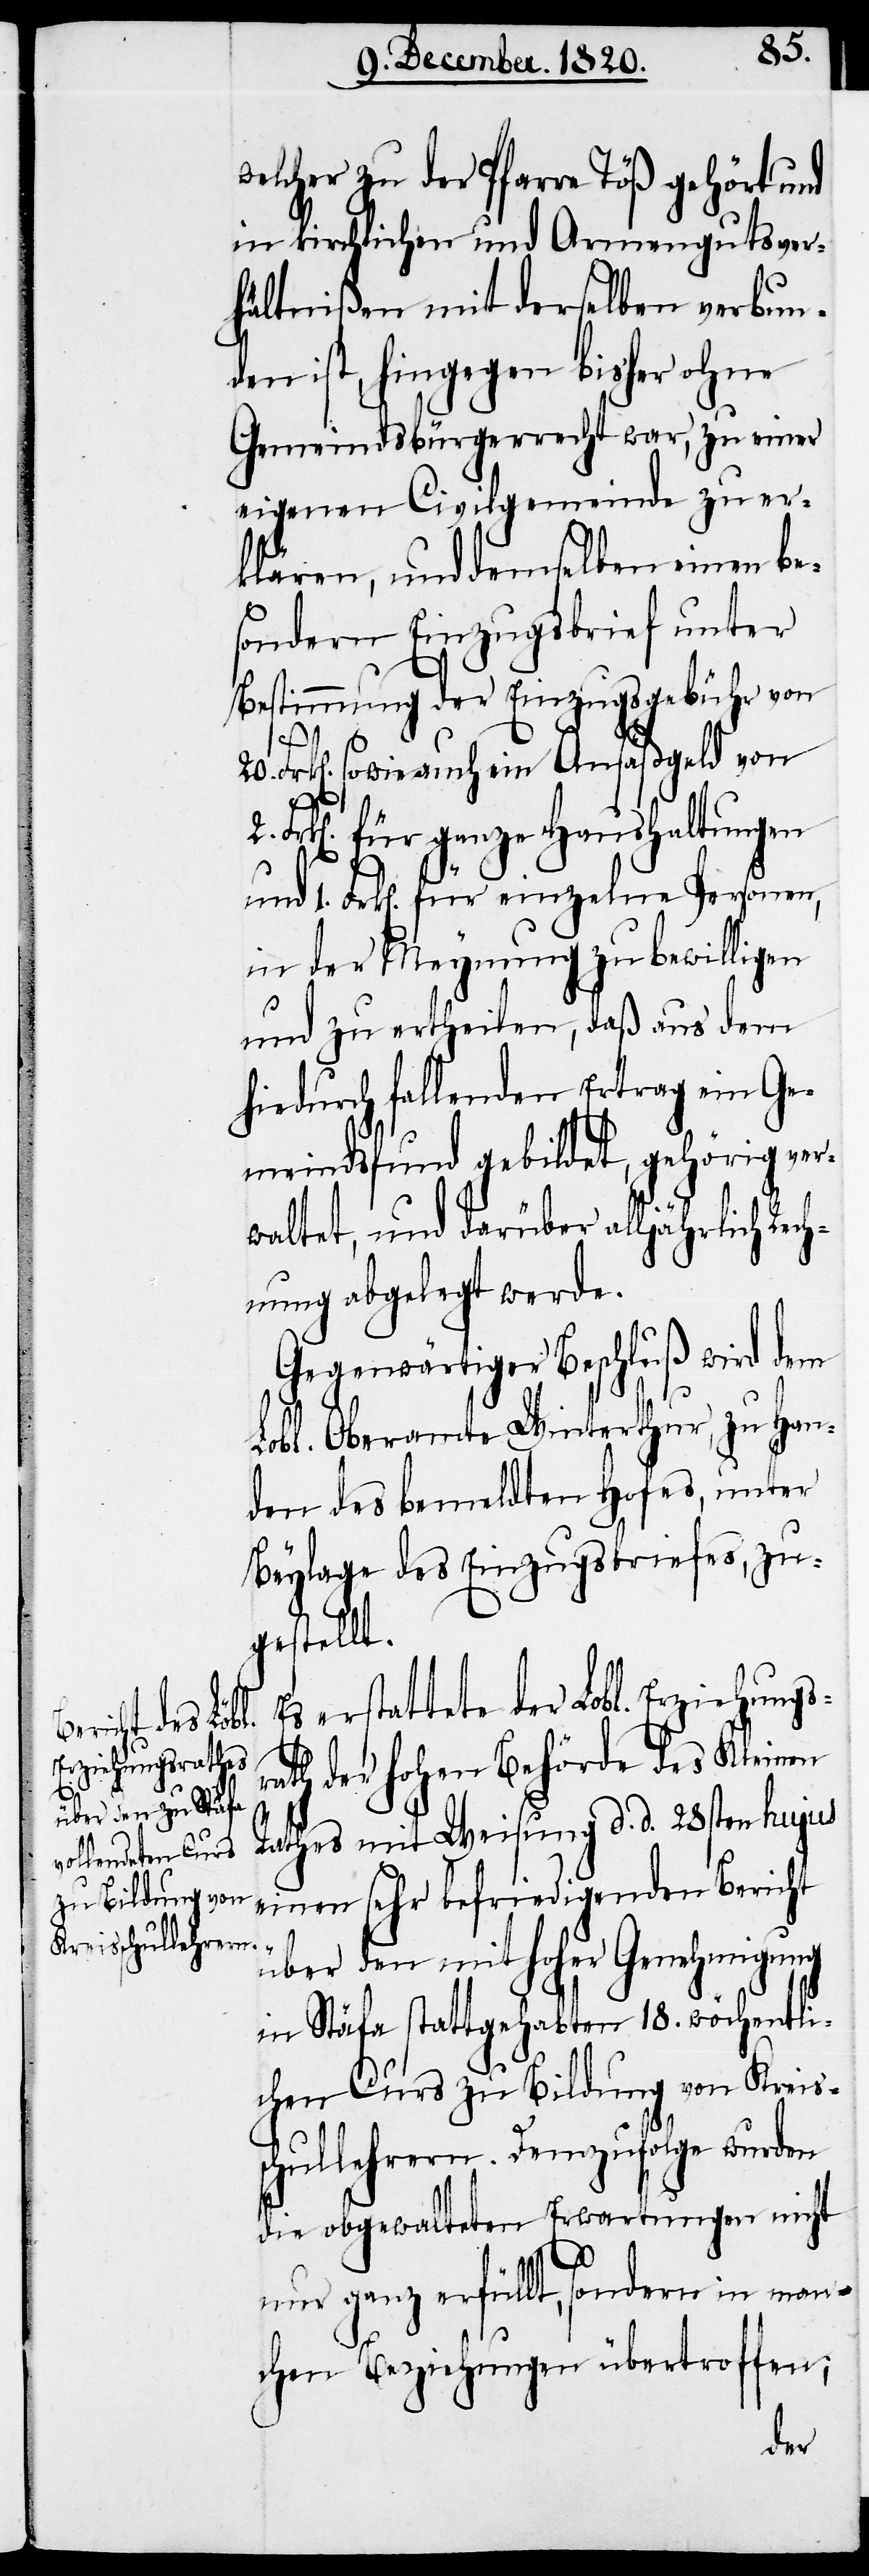
Rec¬

welcher zu der Pfarre Töß gehört und
in kirchlichen und Armengutsver¬
hältnißen mit derselben verbun¬
den ist, hingegen bisher ohne
Gemeindsbürgerrecht war, zu einer
eigenen Civilgemeinde zu er¬
klären, und demselben einen bes¬
ondern Einzugsbrief unter
Bestimmung der Einzugsgebühr von
20.
Frk[en]. sowie auch ein Ansäßgeld von
rk[en]. für ganze Haushaltungen
und 1. Frk[en]. für einzelne Personen,
in der Meynung zu bewilligen
und zu ertheilen, daß aus dem
hiedurch fallenden Ertrag ein Ge¬
meindsfund gebildet, gehörig ver¬
waltet, und darüber alljährlich
hnung abgelegt werde.
Gegenwärtiger Beschluß wird dem
Lobl. Oberamte Winterthur, zu Han¬
den des bemeldten Hofes, unter
Beylage des Einzugsbriefes, zu¬
gestellt.
erstattete der Lobl. Erziehungs¬
rath der hohen Behörde des Kleinen
Rathes mit Weisung d. d. 28sten hujus
einen sehr befriedigenden Bericht
über den mit hoher Genehmigung
in Stäfa stattgehabten 18. wöchentli¬
chen Curs zu Bildung von Kreiss¬
chullehrern. Demzufolge wurden
die obgewalteten Erwartungen nicht
nur ganz erfüllt, sondern in man¬
chen Beziehungen übertroffen;